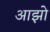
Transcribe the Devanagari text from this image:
आझो